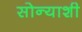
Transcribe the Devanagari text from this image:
सोन्याशी